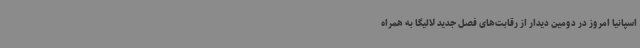
اسپانیا امروز در دومین دیدار از رقابت‌های فصل جدید لالیگا به همراه